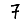
Digit: 7